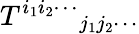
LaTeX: {T^{i_{1}i_{2}\cdots}}_{j_{1}j_{2}\cdots}